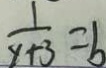
\frac { 1 } { y + 3 } = b